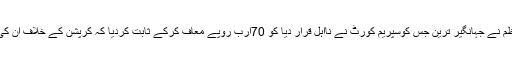
انہوں نے کہا کہ صدر اور وزیراعظم نے جہانگیر ترین جس کوسپریم کورٹ نے نااہل قرار دیا کو 70ارب روپے معاف کرکے ثابت کردیا کہ کرپشن کے خلاف ان کی چیخ وپکار محض ایک دھوکا ہے۔